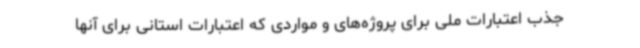
جذب اعتبارات ملی برای پروژه‌های و مواردی که اعتبارات استانی برای آنها